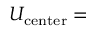
U _ { \mathrm { c e n t e r } } =